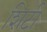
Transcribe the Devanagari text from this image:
शिटी